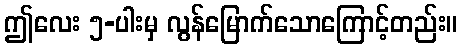
ဤလေး ၅-ပါးမှ လွန်မြောက်သောကြောင့်တည်း။